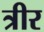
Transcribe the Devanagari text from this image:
त्रीर